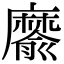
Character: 䵉